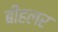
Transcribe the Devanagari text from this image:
बीहलर